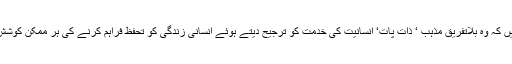
شعبہ طب سے وابستہ ڈاکٹرس پریکٹس کی شروعات سے قبل اس بات کی قسم کھاتے ہیں کہ وہ بلاتفریق مذہب ‘ ذات پات‘ انسانیت کی خدمت کو ترجیح دیتے ہوئے انسانی زندگی کو تحفظ فراہم کرنے کی ہر ممکن کوشش کریں گے مگر اس ویڈیو کو دیکھنے کے بعد یہ تمام باتیں ایک کہانی معلوم ہوتی ہیں۔